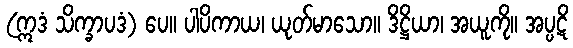
(ဣဒံ သိက္ခာပဒံ) ပေ။ ပါပိကာယ၊ ယုတ်မာသော။ ဒိဋ္ဌိယာ၊ အယူကို။ အပ္ပဋိ